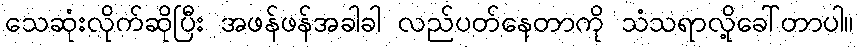
သေဆုံးလိုက်ဆိုပြီး အဖန်ဖန်အခါခါ လည်ပတ်နေတာကို သံသရာလို့ခေါ်တာပါ။